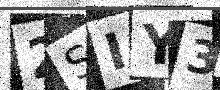
Text: 2SIY3X